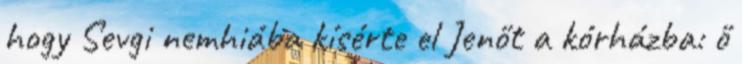
hogy Sevgi nemhiába kísérte el Jenőt a kórházba: ő